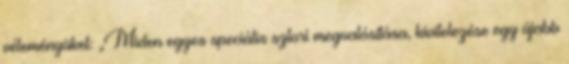
véleményüket: „Miden egyes speciális sztori megvalósítása, kivitelezése egy újabb